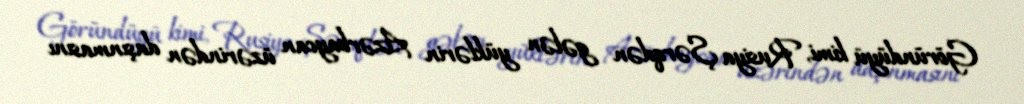
Göründüyü kimi, Rusiya Şərqdən gələn yüklərin Azərbaycan üzərindən daşınmasını